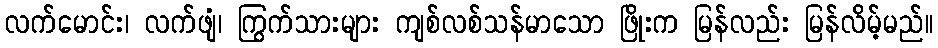
လက်မောင်း၊ လက်ဖျံ၊ ကြွက်သားများ ကျစ်လစ်သန်မာသော ဖြိုးက မြန်လည်း မြန်လိမ့်မည်။